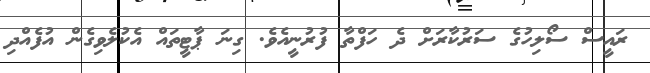
ރައީސް ސޯލިހުގެ ސަރުކާރަށް ދެ ހަފްތާ ފުރުނީއެވެ. ގިނަ ޕާޓީތައް އެކުލެވިގެން އުފެއްދި